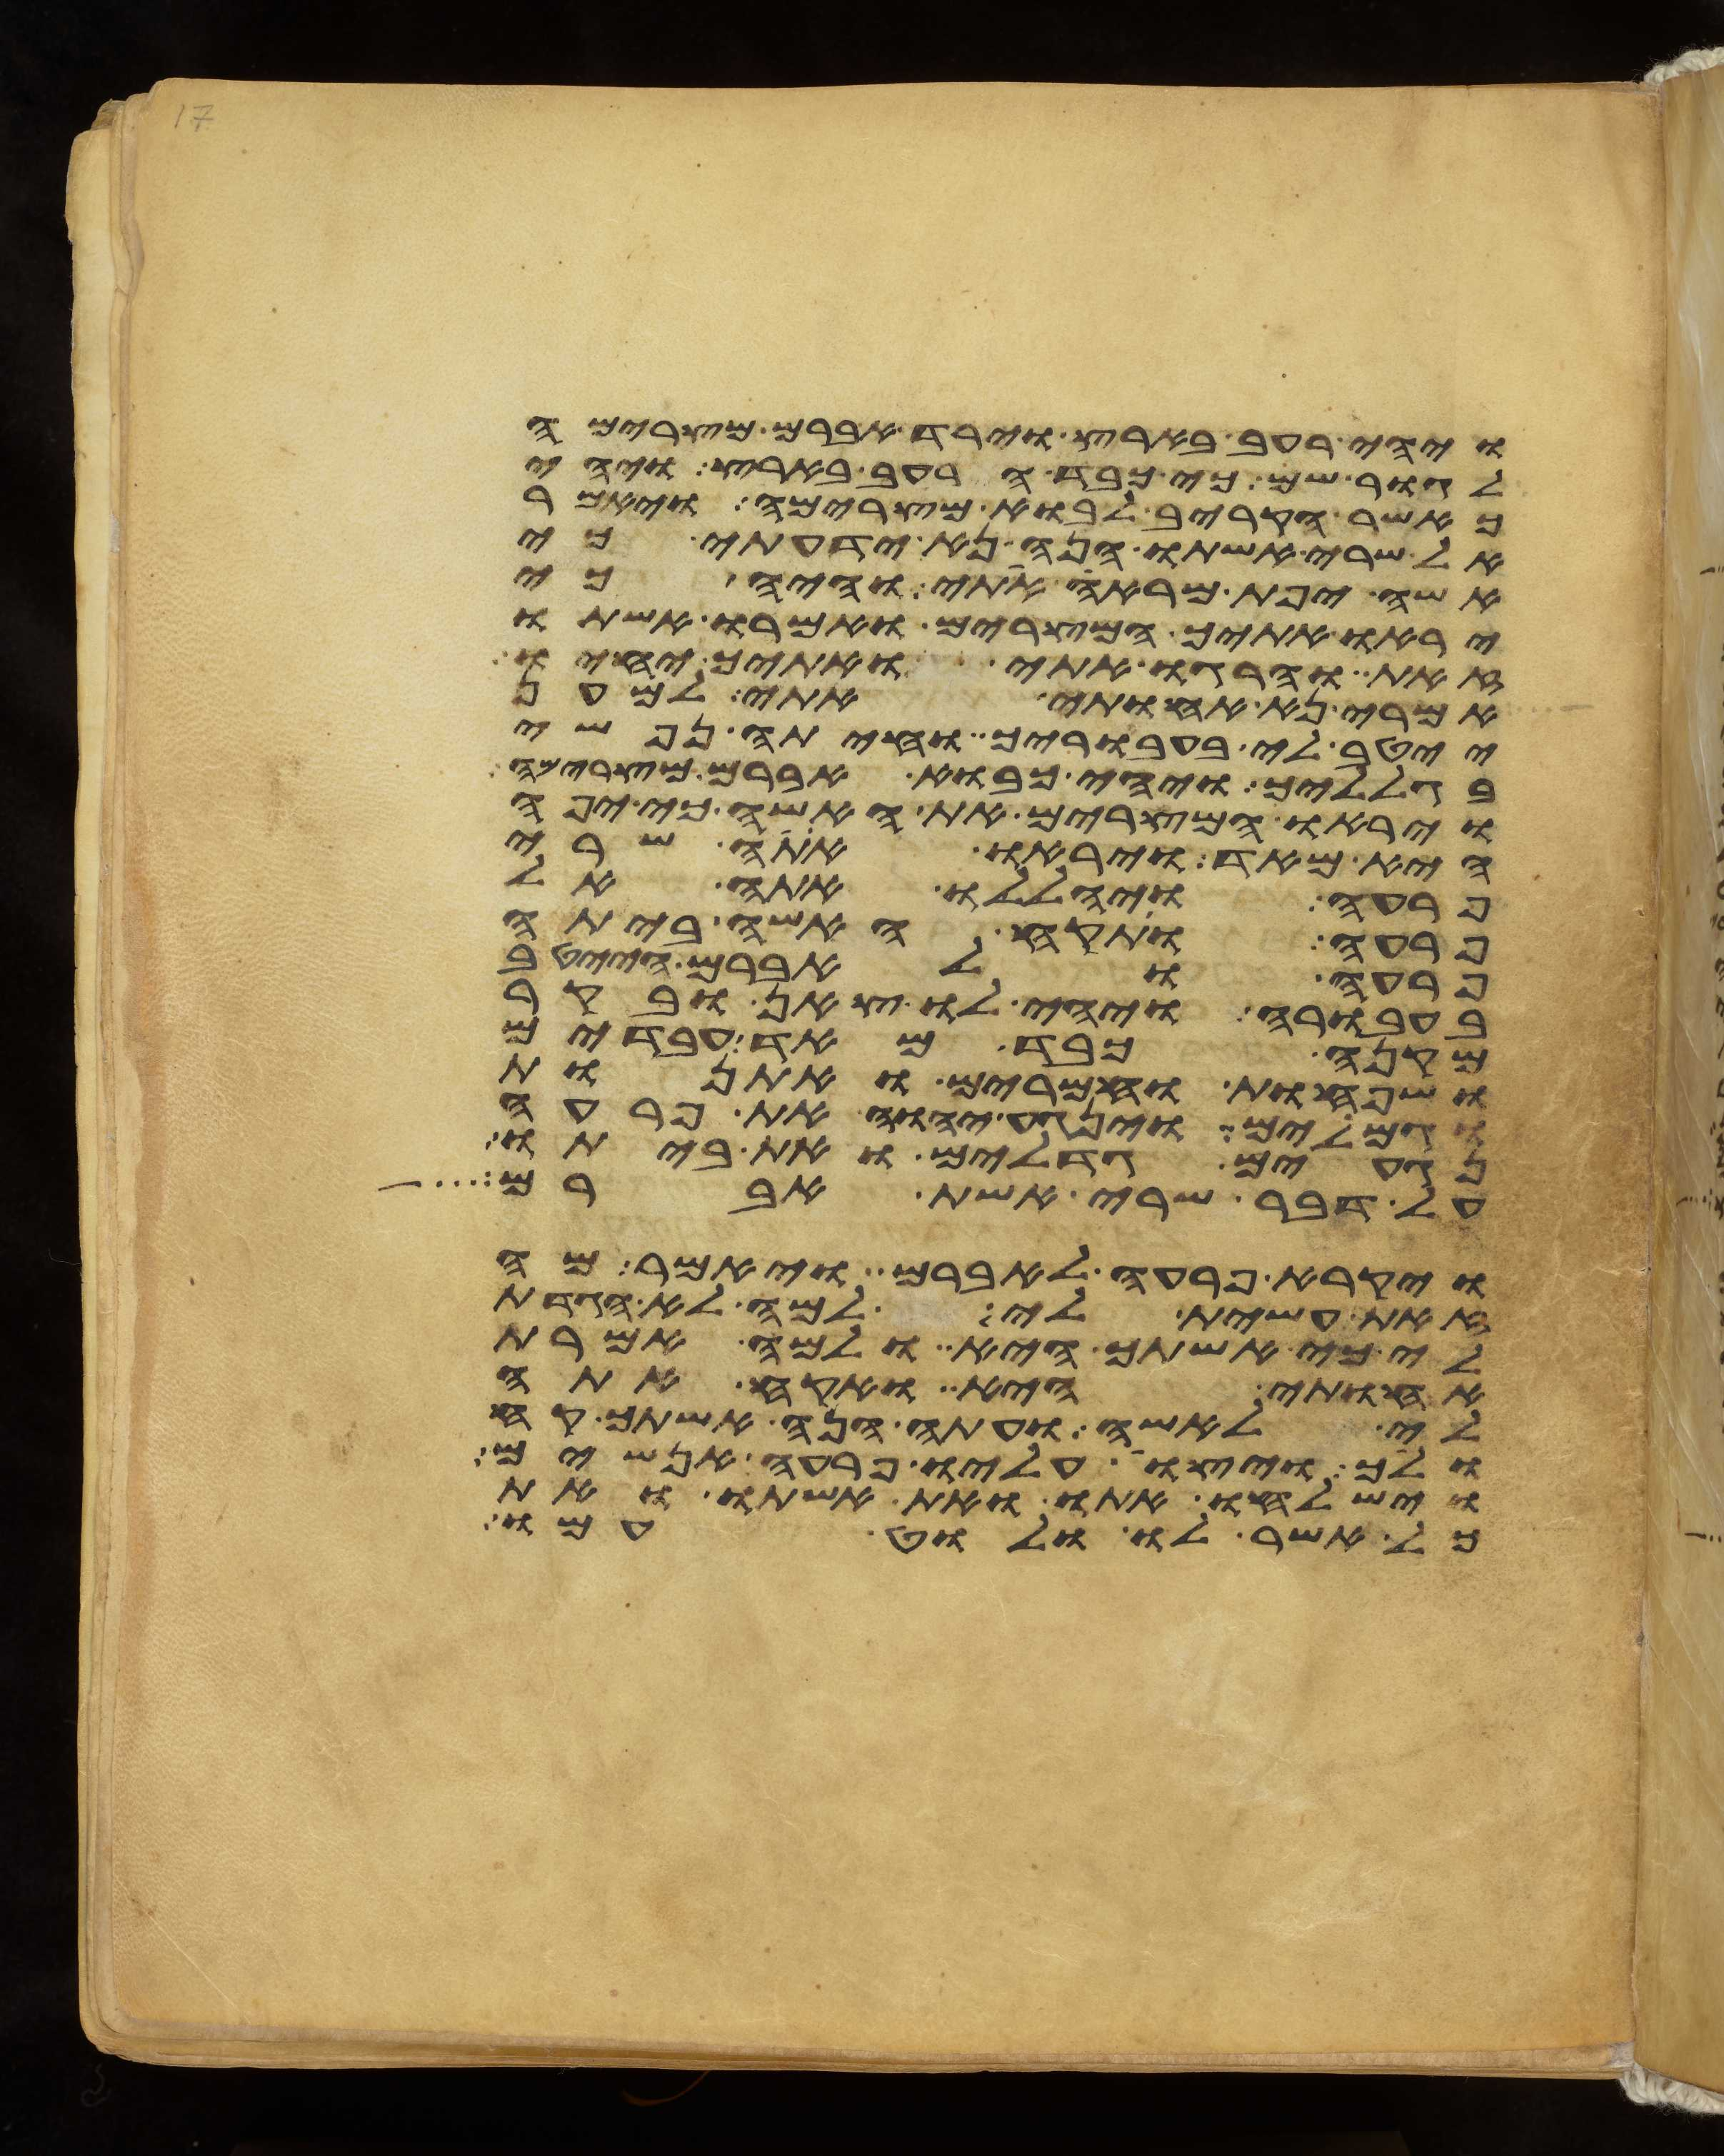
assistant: ויהי רעב בארץ וירד אברם מצרימה
לגור שם כי כבד הרעב בארץ ויהי
כאשר הקריב לבוא מצרימה ויאמר
אל שרי אשתו הנה נא ידעתי כי
אשה יפת מראה אתי והיה כי
יראו אתיך המצרים ואמרו אשתו
זאת והרגו אתי ואתיך יחיו
אמרי נא אחותי אתי למען
ייטב לי בעבוריך וחיתה נפשי
בגלליך ויהי כבוא אברם מצרימה
ויראו המצרים את האשה כי יפה
היא מאד ויראו אתה שרי
פרעה ויהללו אתה אל
פרעה ותקח האשה ביתה
פרעה ולאברם הייטב
בעבורה ויהי לו צאן ובקר
מקנה כבד מאד עבדים
ושפחות וחמרים ואתנות
וגמלים וינגע יהוה את פרעה
נגעים גדלים ואת ביתו
על דבר שרי אשת אברם
ויקרא פרעה לאברם ויאמר מה
זאת עשית לי למה לא הגדת
לי כי אשתך היא ולמה אמרת
אחותי היא ואקח אתה
לי לאשה ועתה הנה אשתך קח
ולך ויצו עליו פרעה אנשים
וישלחו אתו ואת אשתו ואת
כל אשר לו ולוט עמו